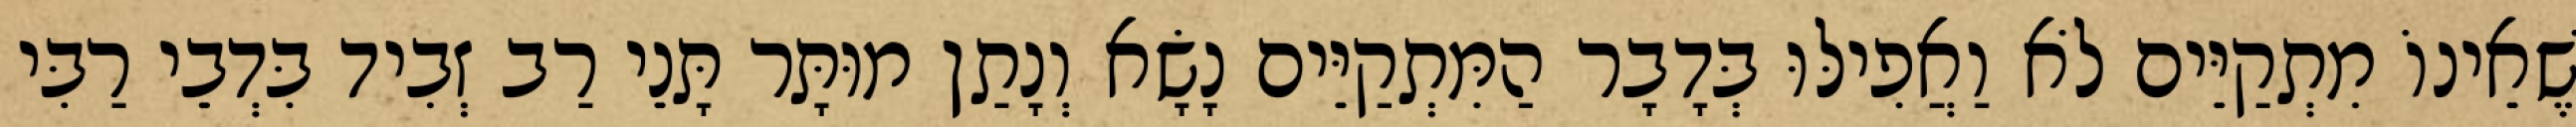
שֶׁאֵינוֹ מִתְקַיֵּים לֹא וַאֲפִילּוּ בְּדָבָר הַמִּתְקַיֵּים נָשָׂא וְנָתַן מוּתָּר תָּנֵי רַב זְבִיד בִּדְבֵי רַבִּי